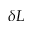
\delta L